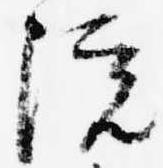
院